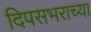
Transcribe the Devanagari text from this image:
दिपसभराच्या